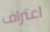
اعتراف